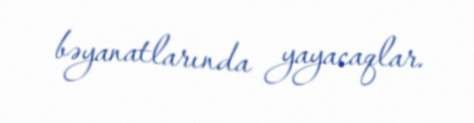
bəyanatlarında yayacaqlar.